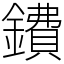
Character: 鐨